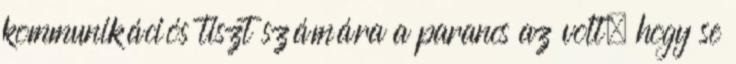
kommunikációs tiszt számára a parancs az volt, hogy se